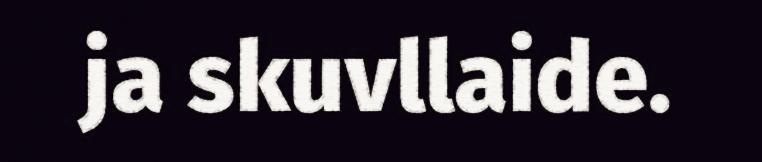
ja skuvllaide.